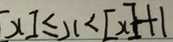
[ x ] \leq x < [ x ] + 1